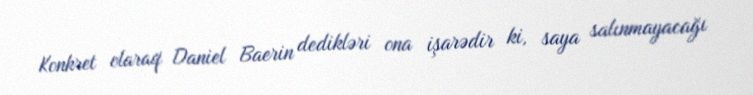
Konkret olaraq Daniel Baerin dedikləri ona işarədir ki, saya salınmayacağı